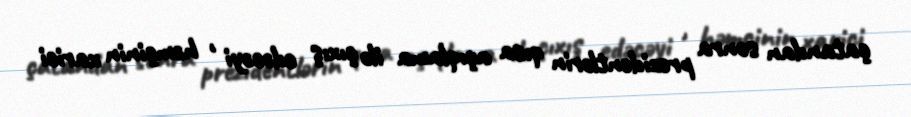
çatandan sonra prezidentlərin qısa açıqlama ilə çıxış edəcəyi , həmçinin xarici